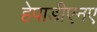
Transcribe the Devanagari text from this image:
हेपाडीएनए